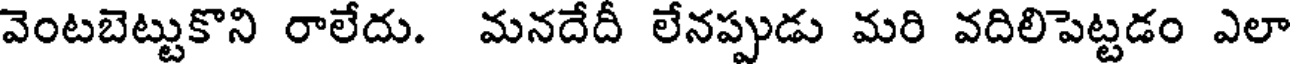
వెంటబెట్టుకొని రాలేదు. మనదేదీ లేనప్పుడు మరి వదిలిపెట్టడం ఎలా